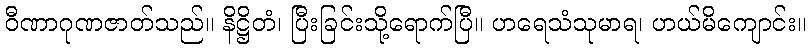
ဝီဏာဂုဏဇာတ်သည်။ နိဋ္ဌိတံ၊ ပြီးခြင်းသို့ရောက်ပြီ။ ဟရေသံသုမာရ၊ ဟယ်မိကျောင်း။